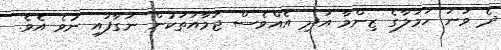
ދެ ވަނަ ހަމަލާގެ ޒިންމާ އަދި އެއްވެސް ޖަމާއަތަކުން ނަގާފައި ނުވެ އެވެ.